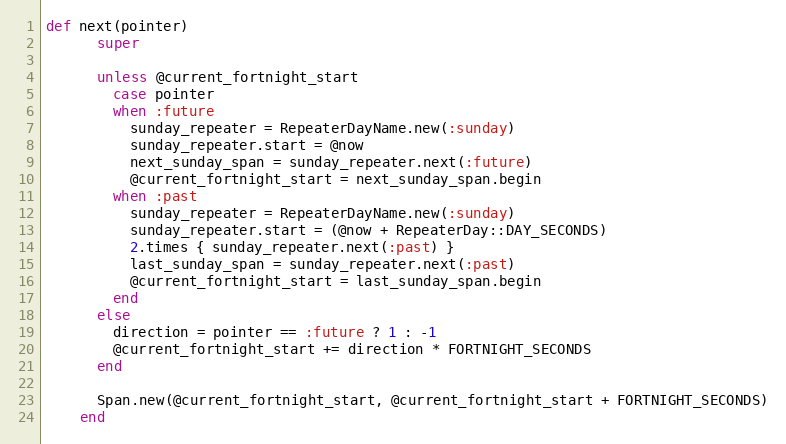
Language: Ruby
def next(pointer)
      super

      unless @current_fortnight_start
        case pointer
        when :future
          sunday_repeater = RepeaterDayName.new(:sunday)
          sunday_repeater.start = @now
          next_sunday_span = sunday_repeater.next(:future)
          @current_fortnight_start = next_sunday_span.begin
        when :past
          sunday_repeater = RepeaterDayName.new(:sunday)
          sunday_repeater.start = (@now + RepeaterDay::DAY_SECONDS)
          2.times { sunday_repeater.next(:past) }
          last_sunday_span = sunday_repeater.next(:past)
          @current_fortnight_start = last_sunday_span.begin
        end
      else
        direction = pointer == :future ? 1 : -1
        @current_fortnight_start += direction * FORTNIGHT_SECONDS
      end

      Span.new(@current_fortnight_start, @current_fortnight_start + FORTNIGHT_SECONDS)
    end